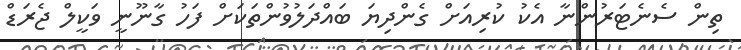
ތިން ސެނެޓަރުންނާ އެކު ކުރިއަށް ގެންދިޔަ ބައްދަލުވުންތަކަށް ފަހު ގާނޫނީ ވަކީލް ޖެރަޑް